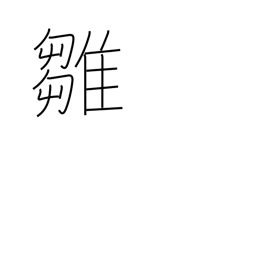
Meaning: chick